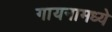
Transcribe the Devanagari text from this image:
गायनामध्ये